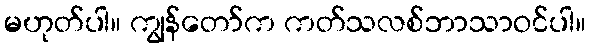
မဟုတ်ပါ။ ကျွန်တော်က ကတ်သလစ်ဘာသာဝင်ပါ။